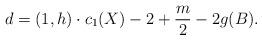
LaTeX: \begin{align*} d=(1,h)\cdot c_1(X) -2+\frac{m}{2}-2g(B).\end{align*}